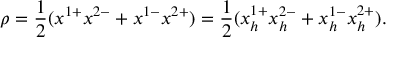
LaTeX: \rho = { \frac { 1 } { 2 } } ( x ^ { 1 + } x ^ { 2 - } + x ^ { 1 - } x ^ { 2 + } ) = { \frac { 1 } { 2 } } ( x _ { h } ^ { 1 + } x _ { h } ^ { 2 - } + x _ { h } ^ { 1 - } x _ { h } ^ { 2 + } ) .